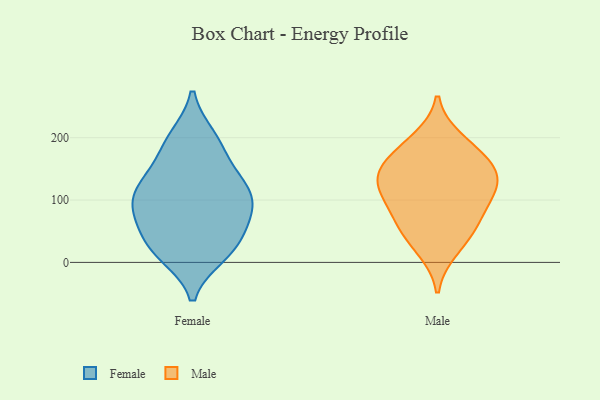
{"axis": {"x": "LTV (USD)", "y": "Value"}, "legend": ["Female", "Male"], "data": [{"x": "", "y": 25, "type": "Female"}, {"x": "", "y": 13, "type": "Female"}, {"x": "", "y": 71, "type": "Female"}, {"x": "", "y": 110, "type": "Female"}, {"x": "", "y": 101, "type": "Female"}, {"x": "", "y": 126, "type": "Female"}, {"x": "", "y": 62, "type": "Female"}, {"x": "", "y": 200, "type": "Female"}, {"x": "", "y": 23, "type": "Female"}, {"x": "", "y": 128, "type": "Female"}, {"x": "", "y": 22, "type": "Female"}, {"x": "", "y": 196, "type": "Female"}, {"x": "", "y": 176, "type": "Female"}, {"x": "", "y": 84, "type": "Female"}, {"x": "", "y": 84, "type": "Female"}, {"x": "", "y": 132, "type": "Female"}, {"x": "", "y": 108, "type": "Male"}, {"x": "", "y": 197, "type": "Male"}, {"x": "", "y": 179, "type": "Male"}, {"x": "", "y": 132, "type": "Male"}, {"x": "", "y": 112, "type": "Male"}, {"x": "", "y": 133, "type": "Male"}, {"x": "", "y": 59, "type": "Male"}, {"x": "", "y": 51, "type": "Male"}, {"x": "", "y": 82, "type": "Male"}, {"x": "", "y": 155, "type": "Male"}, {"x": "", "y": 153, "type": "Male"}, {"x": "", "y": 21, "type": "Male"}]}